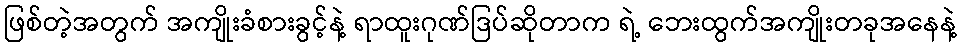
ဖြစ်တဲ့အတွက် အကျိုးခံစားခွင့်နဲ့ ရာထူးဂုဏ်ဒြပ်ဆိုတာက ရဲ့ ဘေးထွက်အကျိုးတခုအနေနဲ့